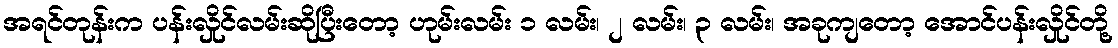
အရင်တုန်းက ပန်းလှိုင်လမ်းဆိုပြီးတော့ ဟုမ်းလမ်း ၁ လမ်း၊ ၂ လမ်း၊ ၃ လမ်း၊ အခုကျတော့ အောင်ပန်းလှိုင်တို့